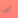
أي